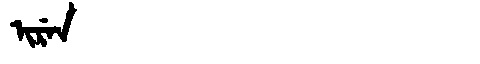
Manchu: ᡳᡵᡝᠨ
Romanization: IREN